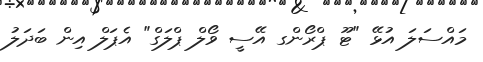
މައްސަލަ އުޅޭ "ޓޫ ޕްރޯންގ އޭސީ ވޯލް ޕްލަގް" އެޕަލް އިން ބަދަލު